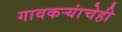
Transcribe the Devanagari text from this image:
गावकऱ्यांचेही